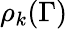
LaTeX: \rho_{k}(\Gamma)